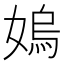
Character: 𡠄